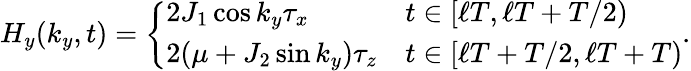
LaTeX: H_{y}(k_{y},t)=\left\{ \begin{array}{ll}{2J_{1}\cos k_{y}\tau_{x}}&{t\in[\ell T,\ell T+T/2)}\\ {2(\mu+J_{2}\sin k_{y})\tau_{z}}&{t\in[\ell T+T/2,\ell T+T)}\end{array}\right..